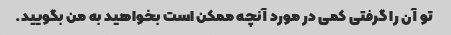
تو آن را گرفتی کمی در مورد آنچه ممکن است بخواهید به من بگویید.